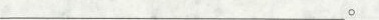
___。